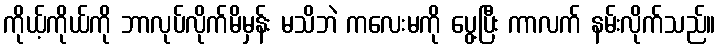
ကိုယ့်ကိုယ်ကို ဘာလုပ်လိုက်မိမှန်း မသိဘဲ ကလေးမကို ပွေ့ပြီး ကာလက် နမ်းလိုက်သည်။